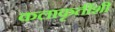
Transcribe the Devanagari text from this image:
कलाकृतींशी